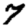
Digit: 7